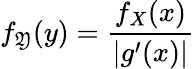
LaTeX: f_{\mathfrak{Y}}(y)={\frac{{f_{X}(x)}}{{|g^{\prime}(x)|}}}